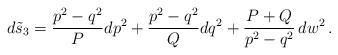
\begin{align*}d\tilde{s}_3 = { p^2 - q^2 \over P} dp^2 + {p^2 - q^2 \over Q}dq^2 +{{P+Q} \over p^2 -q^2} \,dw^2\,.\end{align*}